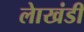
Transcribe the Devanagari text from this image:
लाेखंडी